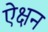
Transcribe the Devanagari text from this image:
ऐक्षन